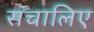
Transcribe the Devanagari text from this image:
संचालिए